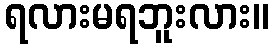
ရလားမရဘူးလား။